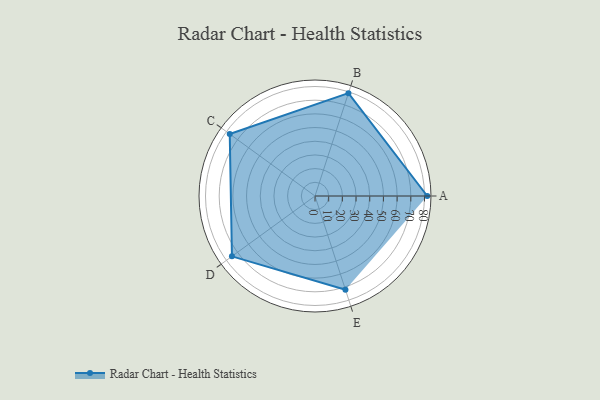
{"axis": {"x": "Skill", "y": "Score"}, "legend": ["Profile"], "data": [{"x": "A", "y": 82.0, "type": "Profile"}, {"x": "B", "y": 79.0, "type": "Profile"}, {"x": "C", "y": 77.0, "type": "Profile"}, {"x": "D", "y": 75.0, "type": "Profile"}, {"x": "E", "y": 72.0, "type": "Profile"}]}